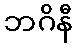
ဘဂိနီ